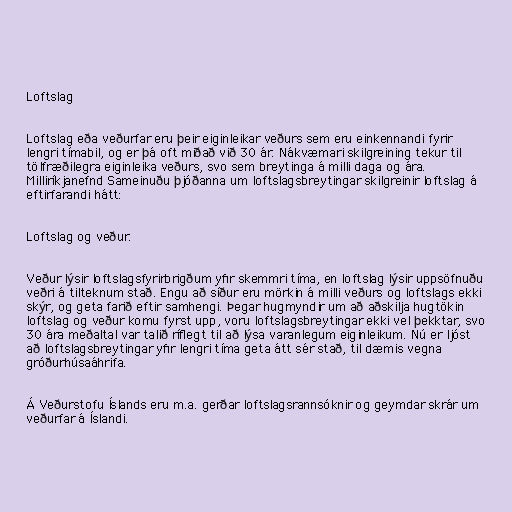
Loftslag

Loftslag eða veðurfar eru þeir eiginleikar veðurs sem eru einkennandi fyrir
lengri tímabil, og er þá oft miðað við 30 ár. Nákvæmari skilgreining tekur til
tölfræðilegra eiginleika veðurs, svo sem breytinga á milli daga og ára.
Milliríkjanefnd Sameinuðu þjóðanna um loftslagsbreytingar skilgreinir loftslag á
eftirfarandi hátt:

Loftslag og veður.

Veður lýsir loftslagsfyrirbrigðum yfir skemmri tíma, en loftslag lýsir uppsöfnuðu
veðri á tilteknum stað. Engu að síður eru mörkin á milli veðurs og loftslags ekki
skýr, og geta farið eftir samhengi. Þegar hugmyndir um að aðskilja hugtökin
loftslag og veður komu fyrst upp, voru loftslagsbreytingar ekki vel þekktar, svo
30 ára meðaltal var talið ríflegt til að lýsa varanlegum eiginleikum. Nú er ljóst
að loftslagsbreytingar yfir lengri tíma geta átt sér stað, til dæmis vegna
gróðurhúsaáhrifa.

Á Veðurstofu Íslands eru m.a. gerðar loftslagsrannsóknir og geymdar skrár um
veðurfar á Íslandi.